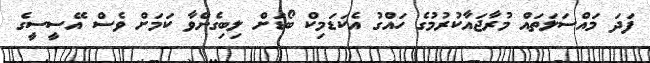
ފަދަ މައްސަލަތައް މުރާޖައާކުރުމުގެ ހައްގު އެކަޑަމިކް ބޯޑަށް ލިބިގެންވާ ކަމަށް ވެސް އޭސީސީގެ